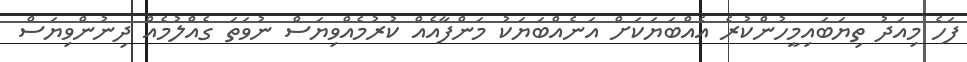
ފަހެ މިއަދު ތިޔަބައިމީހުންކުރެ އެއްބަޔަކަށް އަނެއްބަޔަކު މަންފާއެއް ކުރުމެއްވިޔަސް ނުވަތަ ގެއްލުމެއް ދިނުންވިޔަސް